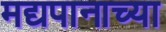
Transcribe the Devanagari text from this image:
मद्यपानाच्या